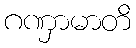
ဂဏှာမာတိ